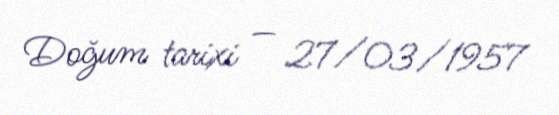
Doğum tarixi — 27/03/1957